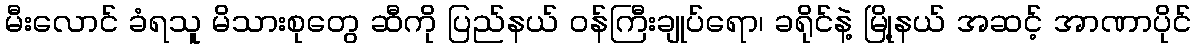
မီးလောင် ခံရသူ မိသားစုတွေ ဆီကို ပြည်နယ် ဝန်ကြီးချုပ်ရော၊ ခရိုင်နဲ့ မြို့နယ် အဆင့် အာဏာပိုင်